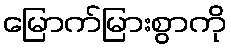
မြောက်မြားစွာကို